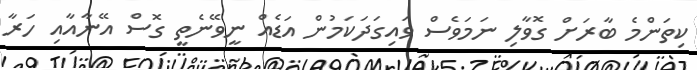
ކިތަންމެ ބާރަށް ގޮވާލި ނަމަވެސް ވައިގަދަކަމުން އަޑެއް ނީވޭނެތީ ގޮސް އޭނާއާއި ހަރާ